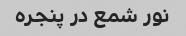
نور شمع در پنجره